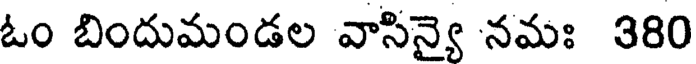
ఓం బిందుమండల వాసిన్వై నమః 380